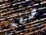
صفه